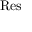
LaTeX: \mathrm { R e s }